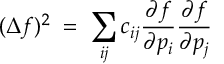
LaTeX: ( \Delta f ) ^ { 2 } \; = \; \sum _ { i j } c _ { i j } { \frac { \partial f } { \partial p _ { i } } } { \frac { \partial f } { \partial p _ { j } } }